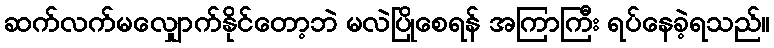
ဆက်လက်မလျှောက်နိုင်တော့ဘဲ မလဲပြိုစေရန် အကြာကြီး ရပ်နေခဲ့ရသည်။